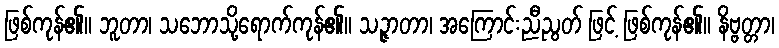
ဖြစ်ကုန်၏။ ဘူတာ၊ သဘောသို့ရောက်ကုန်၏။ သဉ္ဇာတာ၊ အကြောင်းညီညွတ် ဖြင့် ဖြစ်ကုန်၏။ နိဗ္ဗတ္တာ၊